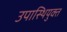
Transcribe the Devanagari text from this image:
उपास्थियुक्त